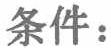
条件：